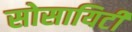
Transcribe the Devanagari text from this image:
सोसायिटी